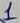
Text: 1